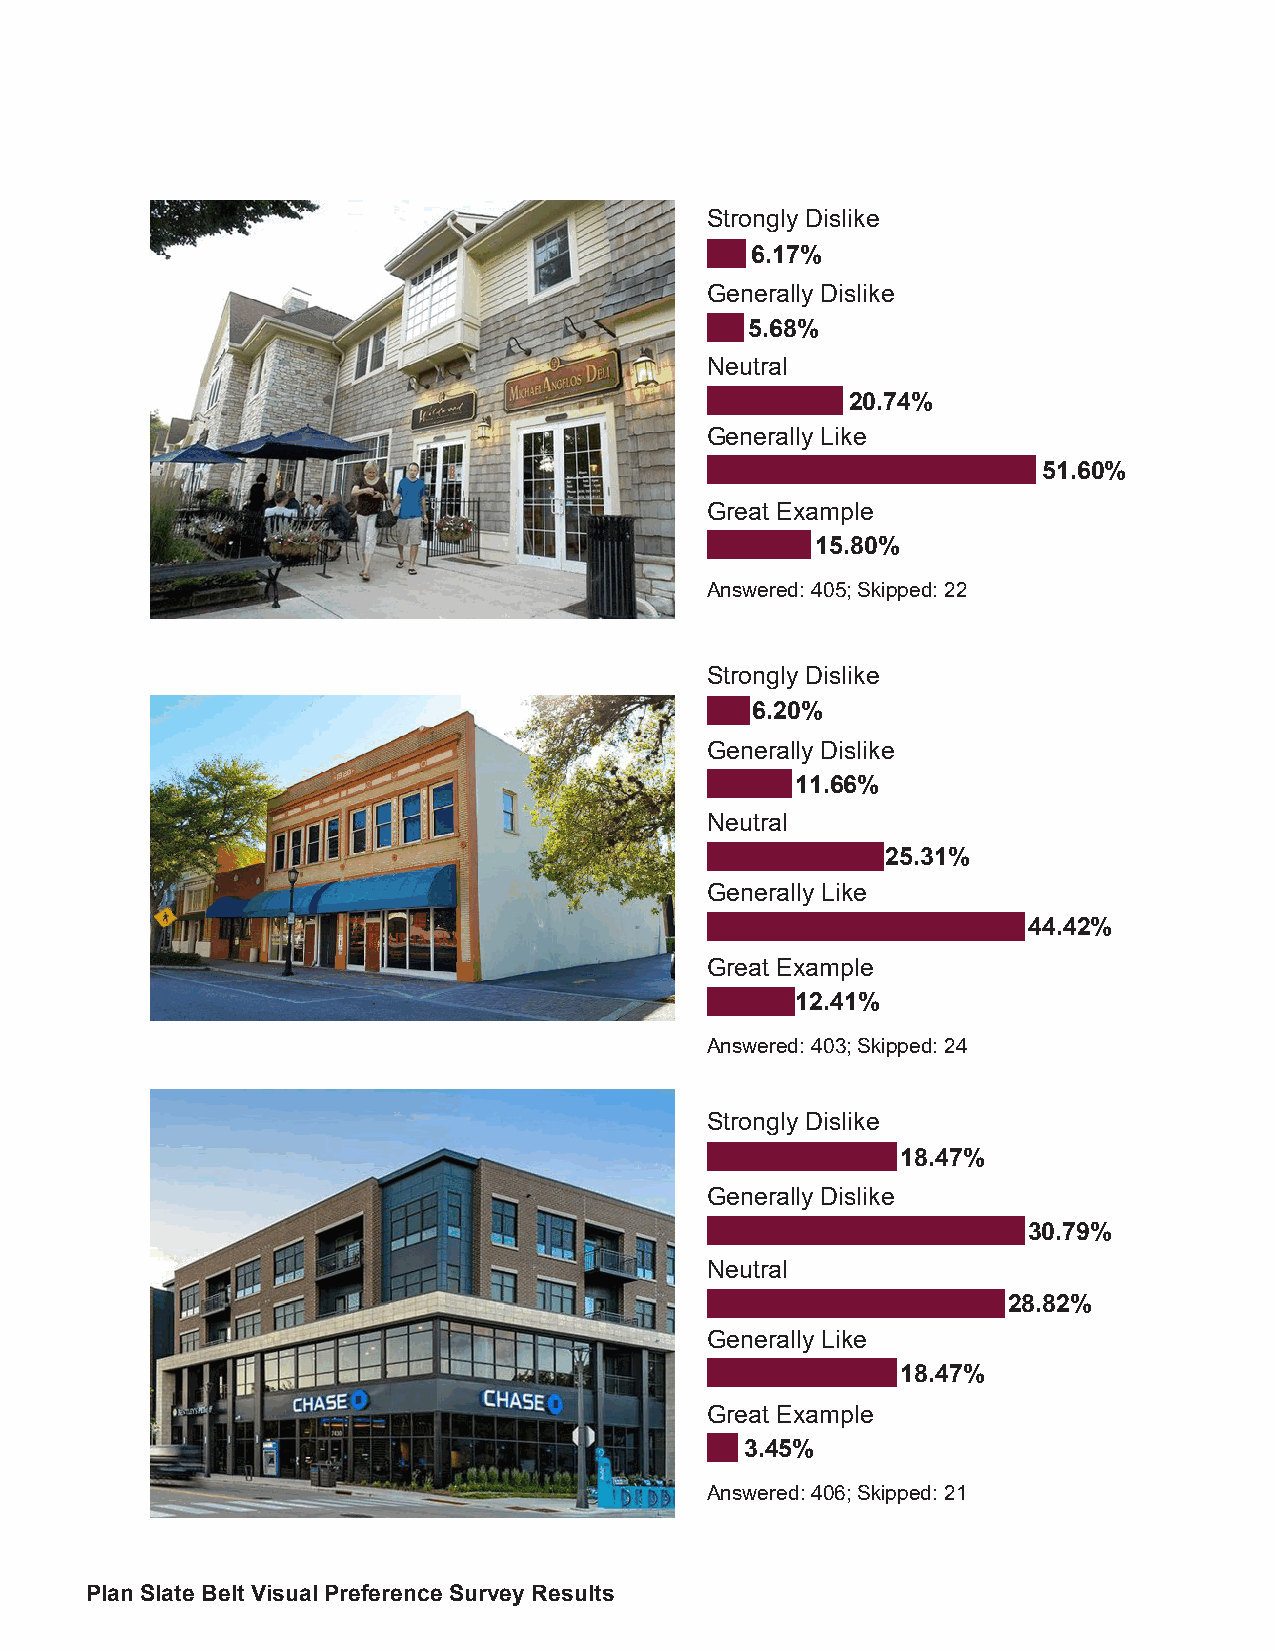
Strongly Dislike
 6.17%
 Generally Dislike
 5.68%
 Neutral
 20.74%
 Generally Like
 51.60%
 Great Example
 15.80%
 Answered: 405; Skipped: 22
 Strongly Dislike
 6.20%
 Generally Dislike
 11.66%
 Neutral
 25.31%
 Generally Like
 44.42%
 Great Example
 12.41%
 Answered: 403; Skipped: 24
 Strongly Dislike
 18.47%
 Generally Dislike
 30.79%
 Neutral
 28.82%
 Generally Like
 18.47%
 Great Example
 3.45%
 Answered: 406; Skipped: 21
 Plan Slate Belt Visual Preference Survey Results